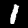
Digit: 1